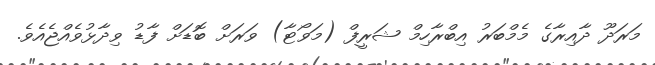
މަރަދޫ ދާއިރާގެ މެމްބަރު އިބްރާހިމް ޝަރީފް (މަވޯޓާ) ވަރަށް ބޮޑަށް ފާޑު ވިދާޅުވެއްޖެއެވެ.